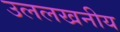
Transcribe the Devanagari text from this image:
उललखनीय